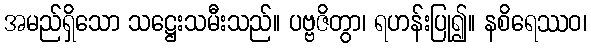
အမည်ရှိသော သဋ္ဌေးသမီးသည်။ ပဗ္ဗဇိတွာ၊ ရဟန်းပြု၍။ နစိရေဿဝ၊